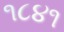
૧૮૪૧